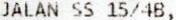
JALAN SS 15/4B,